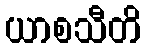
ယာစသီတိ